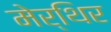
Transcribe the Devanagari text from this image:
मेर्थिर